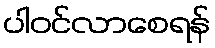
ပါဝင်လာစေရန်